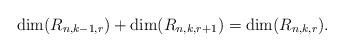
LaTeX: \begin{align*}\dim(R_{n,k-1,r}) + \dim(R_{n,k,r+1}) = \dim(R_{n,k,r}).\end{align*}